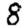
Digit: 8